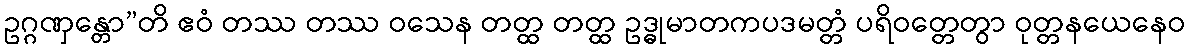
ဥဂ္ဂဏှန္တော”တိ ဧဝံ တဿ တဿ ဝသေန တတ္ထ တတ္ထ ဥဒ္ဓုမာတကပဒမတ္တံ ပရိဝတ္တေတွာ ဝုတ္တနယေနေဝ